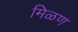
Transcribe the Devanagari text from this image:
मिळण